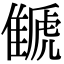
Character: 𩀗